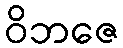
ဝိဘဇေ